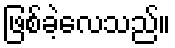
ဖြစ်ခဲ့လေသည်။